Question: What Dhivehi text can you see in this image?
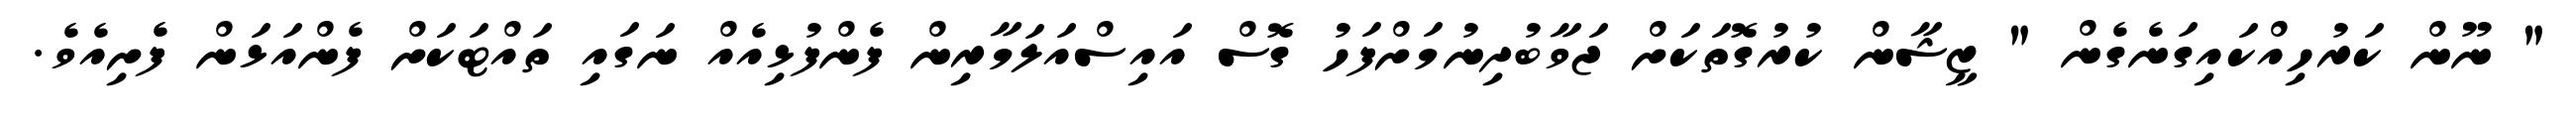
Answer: " ނޫން ކަރުހިއްކައިގަނެގެން " ޒީޝާން ކުރުގޮތަކަށް ޖަވާބުދިނުމަށްފަހު ގޮސް އައިސްއަލަމާރިން ފެންފުޅިއެއް ނަގައި ތައްޓަކަށް ފެންއަޅަން ފެށިއެވެ.